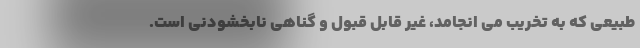
طبیعی که به تخریب می انجامد، غیر قابل قبول و گناهی نابخشودنی است.